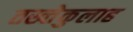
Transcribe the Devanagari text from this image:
तख्तेकुलाह